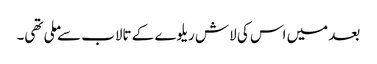
بعد میں اس کی لاش ریلوے کے تالاب سے ملی تھی۔